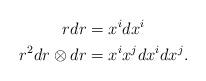
LaTeX: \begin{align*}rdr&=x^{i}dx^{i} \\r^{2}dr\otimes dr&=x^{i}x^{j}dx^{i}dx^{j}.\end{align*}